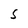
Character: S